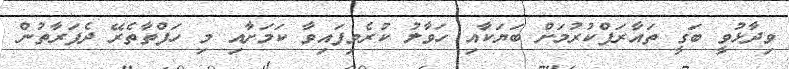
ވިދާޅުވީ ބަގީ ތައާރަފްކުރުމަށް ބަޔަކާއި ހަވާލު ކުރެވިފައިވާ ކަމަށާއި މި ހަފްތާތެރޭ ދެފަރާތުން